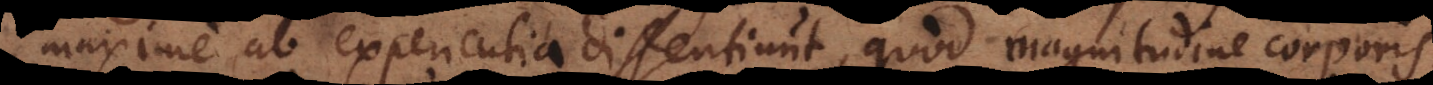
maxime ab experientia dissentiunt, quod magnitudine corporis